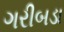
ગરીબડા